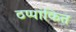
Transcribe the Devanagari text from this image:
ठप्पांकित